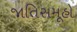
જાતિસમૂહો